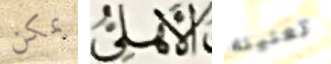
يمكن الأهلى تعنينه